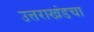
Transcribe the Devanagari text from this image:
उत्तराखंडचा